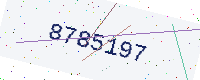
Text: 8785197